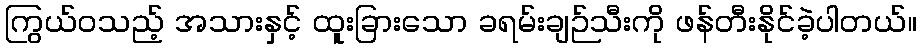
ကြွယ်ဝသည့် အသားနှင့် ထူးခြားသော ခရမ်းချဉ်သီးကို ဖန်တီးနိုင်ခဲ့ပါတယ်။